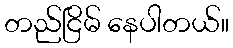
တည်ငြိမ် နေပါတယ်။